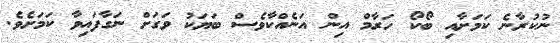
ނުކުރާނެ ކަމަށާއި ބޯކޯ ހަރާމް އިން އަނެއްކާވެސް ބަޔަކު ވަގަށް ނަގާފައިވާ ކަމަށެވެ.